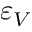
\varepsilon _ { V }